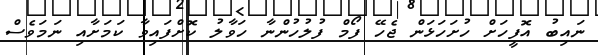
ނައިބު އޮފީހަށް ހުށަހަޅަން ޖެހޭ ފޯމް ފުލުހުންނާ ހަވާލު ކޮށްފައިވާ ކަމަށާއި ނަމަވެސް